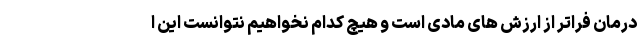
درمان فراتر از ارزش های مادی است و هیچ کدام نخواهیم نتوانست این ا